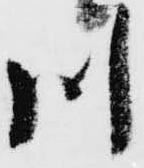
川